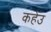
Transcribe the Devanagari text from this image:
कहेउ